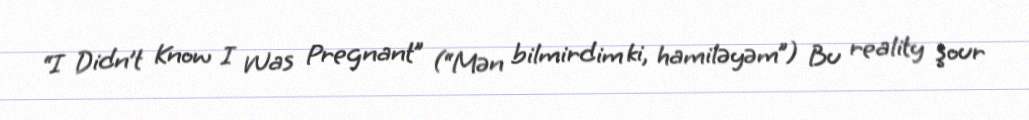
“I Didn’t Know I Was Pregnant” (“Mən bilmirdim ki, hamiləyəm”) Bu reality şour